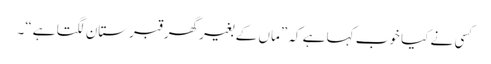
کسی نے کیا خوب کہا ہے کہ ”ماں کے بغیر گھر قبرستان لگتا ہے“۔